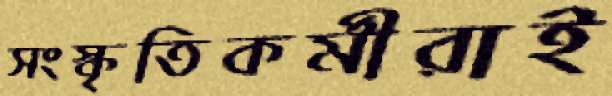
সংস্কৃতিকর্মীরাই